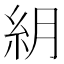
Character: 𥾶